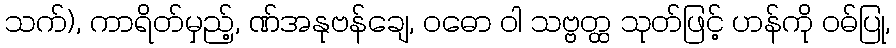
သက်), ကာရိတ်မှည့်, ဏ်အနုဗန်ချေ, ဝဓော ဝါ သဗ္ဗတ္ထ သုတ်ဖြင့် ဟန်ကို ဝဓ်ပြု,